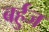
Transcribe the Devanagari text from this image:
बर्हुज